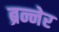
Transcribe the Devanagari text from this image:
ब्रन्नेर